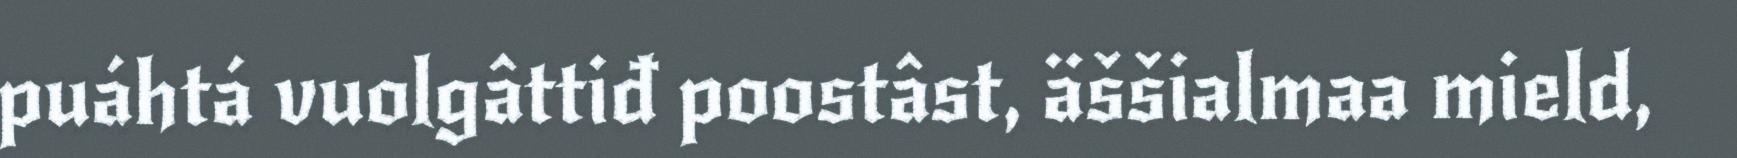
puáhtá vuolgâttiđ poostâst, äššialmaa mield,